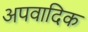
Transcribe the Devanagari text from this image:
अपवादिक